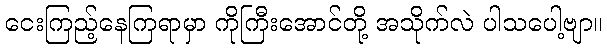
ငေးကြည့်နေကြရာမှာ ကိုကြီးအောင်တို့ အသိုက်လဲ ပါသပေါ့ဗျာ။